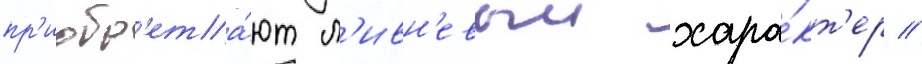
пр'иобр'ета́ют л'ивн'евыи хара́кт'ер //